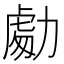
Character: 𭄾